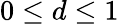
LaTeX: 0\leq d\leq 1